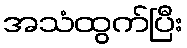
အသံထွက်ပြီး